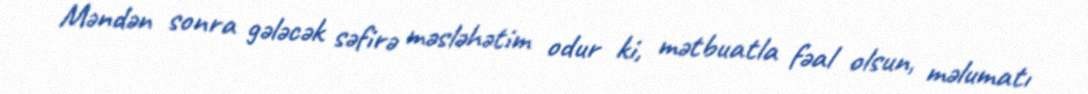
Məndən sonra gələcək səfirə məsləhətim odur ki, mətbuatla fəal olsun, məlumatı